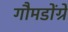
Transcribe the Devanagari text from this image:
गौमडोंग्रे